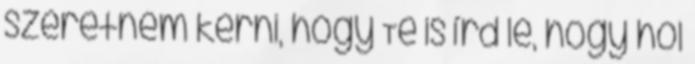
szeretném kérni, hogy Te is írd le, hogy hol